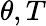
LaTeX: \theta,T